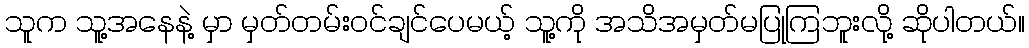
သူက သူ့အနေနဲ့ မှာ မှတ်တမ်းဝင်ချင်ပေမယ့် သူ့ကို အသိအမှတ်မပြုကြဘူးလို့ ဆိုပါတယ်။